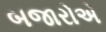
બજારોએ